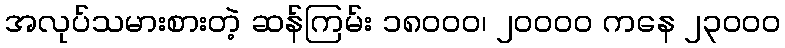
အလုပ်သမားစားတဲ့ ဆန်ကြမ်း ၁၈၀၀၀၊ ၂၀၀၀၀ ကနေ ၂၃၀၀၀